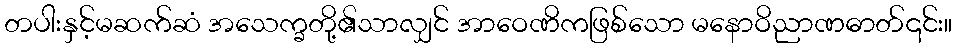
တပါးနှင့်မဆက်ဆံ အသေက္ခတို့၏သာလျှင် အာဝေဏိကဖြစ်သော မနောဝိညာဏဓာတ်၎င်း။